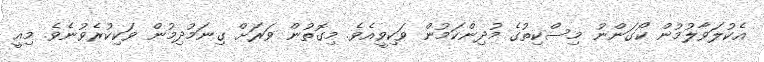
އެކުލަވާލުމުން ކޯގަންނު މިސްކިތުގެ މުދިންކަމުން ވަކިވީއެވެ. މިގޮތުން ވަރަށް ގިނަމުދިމުން ވަކިކުރެވުނެވެ. މިއީ